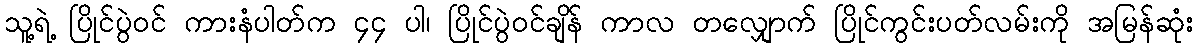
သူ့ရဲ့ ပြိုင်ပွဲဝင် ကားနံပါတ်က ၄၄ ပါ၊ ပြိုင်ပွဲဝင်ချိန် ကာလ တလျှောက် ပြိုင်ကွင်းပတ်လမ်းကို အမြန်ဆုံး